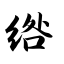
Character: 绺